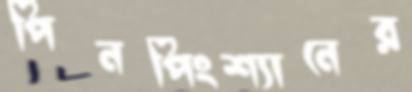
পিনপিংশ্যানের